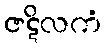
ဇဋိလကံ